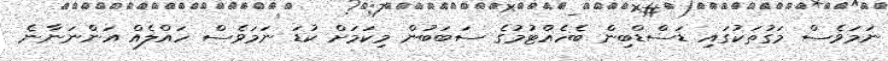
ނަމަވެސް މަގުތަކުގައި ޑަސްޑްބިން ބެހެއްޓުމުގެ ސަބަބުން މިކަމަށް ކުޑަ ނަމަވެސް ހައްލެއް އަންނަނާނެ